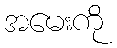
အမေးကို